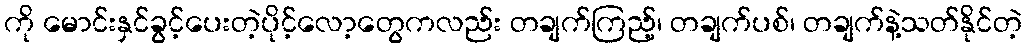
ကို မောင်းနှင်ခွင့်ပေးတဲ့ပိုင့်လော့တွေကလည်း တချက်ကြည့်၊ တချက်ပစ်၊ တချက်နဲ့သတ်နိုင်တဲ့